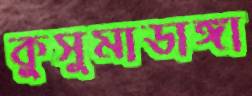
কুসুমাডাঙ্গা